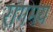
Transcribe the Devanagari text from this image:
रागमय